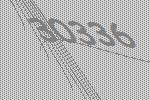
30336